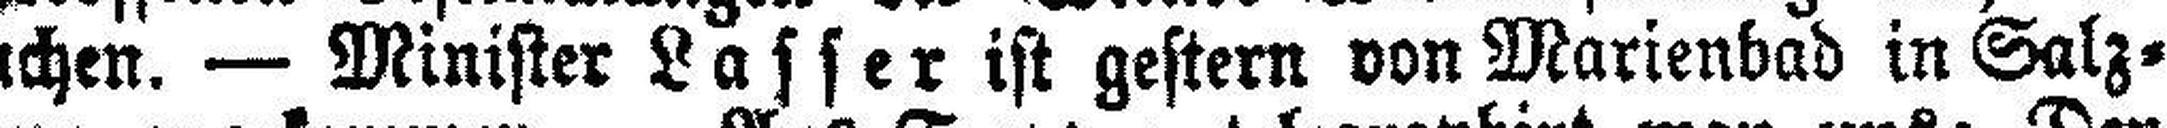
fuchen. — Minister Lasser ist gestern von Marienbad in Salz¬